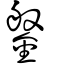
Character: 鎜